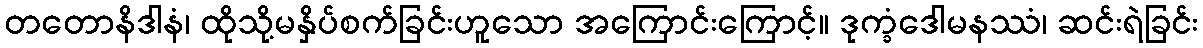
တတောနိဒါနံ၊ ထိုသို့မနှိပ်စက်ခြင်းဟူသော အကြောင်းကြောင့်။ ဒုက္ခံဒေါမနဿံ၊ ဆင်းရဲခြင်း